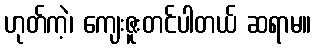
ဟုတ်ကဲ့၊ ကျေးဇူးတင်ပါတယ် ဆရာမ။